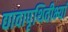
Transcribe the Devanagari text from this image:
द्यावापृथिवीभ्यां